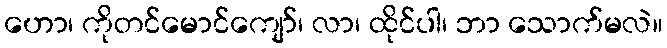
ဟော၊ ကိုတင်မောင်ကျော်၊ လာ၊ ထိုင်ပါ၊ ဘာ သောက်မလဲ။